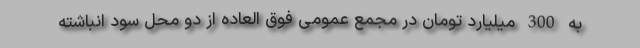
به 300 میلیارد تومان در مجمع عمومی فوق العاده از دو محل سود انباشته